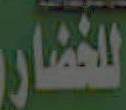
للخضار